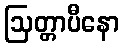
ဩတ္တာပီနော